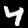
Label: 4